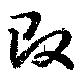
改